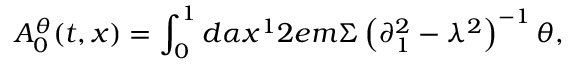
{ \cal A } _ { 0 } ^ { \theta } ( t , x ) = \int _ { 0 } ^ { 1 } { d \alpha x ^ { 1 } } 2 e m \Sigma \left( { \partial _ { 1 } ^ { 2 } - \lambda ^ { 2 } } \right) ^ { - 1 } \theta ,